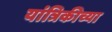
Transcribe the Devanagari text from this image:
यांत्रिकीच्या